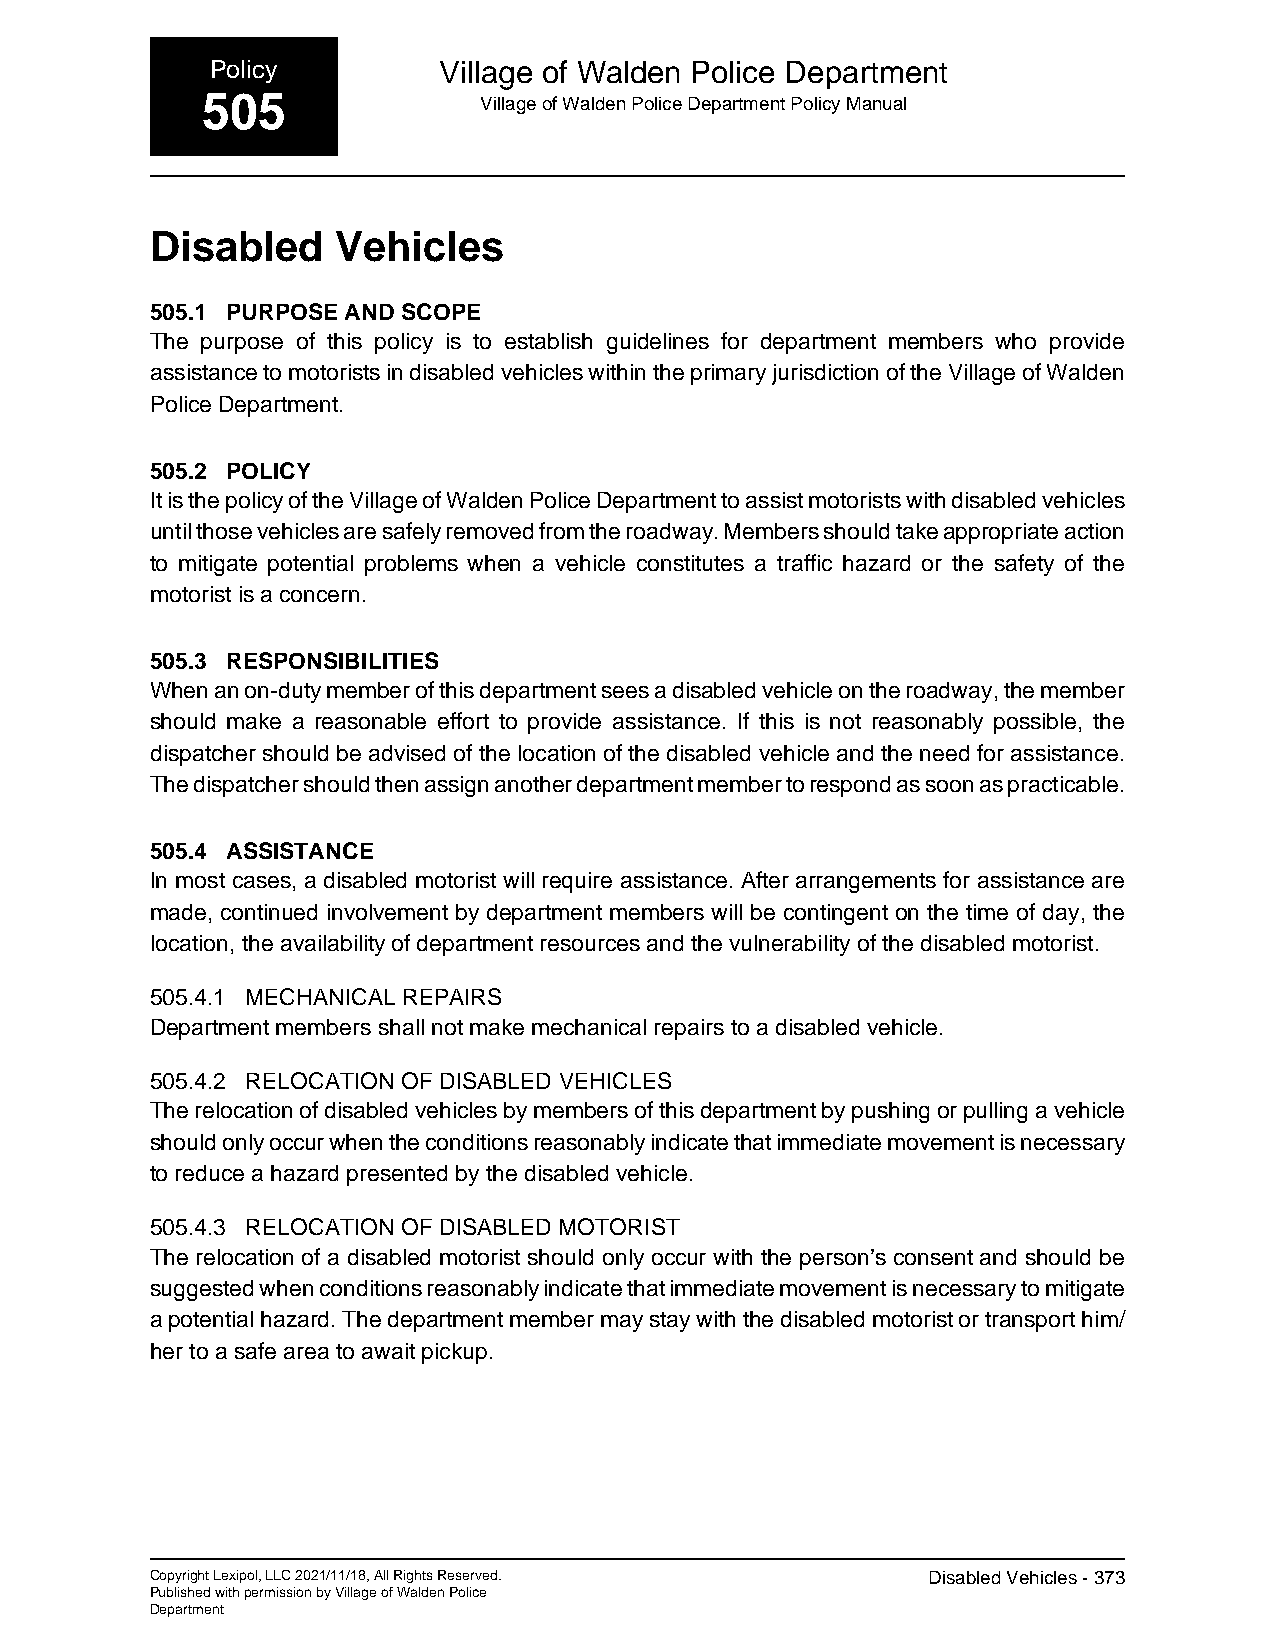
Policy         Village of Walden Police Department
 505                Village of Walden Police Department Policy Manual
 Disabled    Vehicles
 505.1 PURPOSE AND SCOPE
 The purpose of this policy is to establish guidelines for department members who provide
 assistance to motorists in disabled vehicles within the primary jurisdiction of the Village of Walden
 Police Department.
 505.2 POLICY
 It is the policy of the Village of Walden Police Department to assist motorists with disabled vehicles
 until those vehicles are safely removed from the roadway. Members should take appropriate action
 to mitigate potential problems when a vehicle constitutes a traffic hazard or the safety of the
 motorist is a concern.
 505.3 RESPONSIBILITIES
 When an on-duty member of this department sees a disabled vehicle on the roadway, the member
 should make a reasonable effort to provide assistance. If this is not reasonably possible, the
 dispatcher should be advised of the location of the disabled vehicle and the need for assistance.
 The dispatcher should then assign another department member to respond as soon as practicable.
 505.4 ASSISTANCE
 In most cases, a disabled motorist will require assistance. After arrangements for assistance are
 made, continued involvement by department members will be contingent on the time of day, the
 location, the availability of department resources and the vulnerability of the disabled motorist.
 505.4.1 MECHANICAL REPAIRS
 Department members shall not make mechanical repairs to a disabled vehicle.
 505.4.2 RELOCATION OF DISABLED VEHICLES
 The relocation of disabled vehicles by members of this department by pushing or pulling a vehicle
 should only occur when the conditions reasonably indicate that immediate movement is necessary
 to reduce a hazard presented by the disabled vehicle.
 505.4.3 RELOCATION OF DISABLED MOTORIST
 The relocation of a disabled motorist should only occur with the person’s consent and should be
 suggested when conditions reasonably indicate that immediate movement is necessary to mitigate
 a potential hazard. The department member may stay with the disabled motorist or transport him/
 her to a safe area to await pickup.
 Copyright Lexipol, LLC 2021/11/18, All Rights Reserved. Disabled Vehicles - 373
 Published with permission by Village of Walden Police
 Department